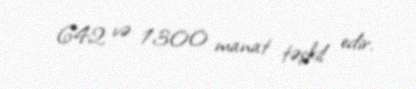
642 və 1300 manat təşkil edir.